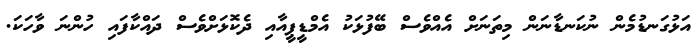
އަޅުގަނޑުމެން ނުކަނޑާނަން މިތަނަށް އެއްވެސް ބޭފުޅަކު އެމްޑީޕީއާއި ދެކޮޅަށްވެސް ދައްކާފައި ހުންނަ ވާހަކަ.